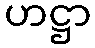
ဟဋ္ဌာ